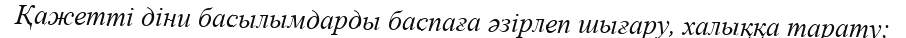
Қажетті діни басылымдарды баспаға әзірлеп шығару, халыққа тарату;